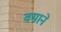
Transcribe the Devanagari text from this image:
वमाने